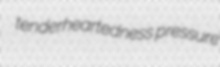
tenderheartedness pressure